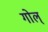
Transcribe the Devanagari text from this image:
गोल्